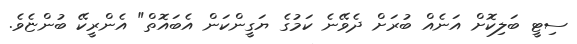
ސިޓީ ބަލިކޮށް އަނެއް ބުރަށް ދެވޭނެ ކަމުގެ ޔަގީންކަން އެބައޮތް" އެންރީކޭ ބުންޏެވެ.